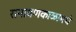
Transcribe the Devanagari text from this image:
रामायणकाळामधे